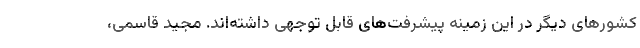
كشورهای دیگر در این زمینه پیشرفت‌های قابل توجهی داشته‌اند. مجید قاسمی،